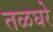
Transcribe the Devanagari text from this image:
तळघरे